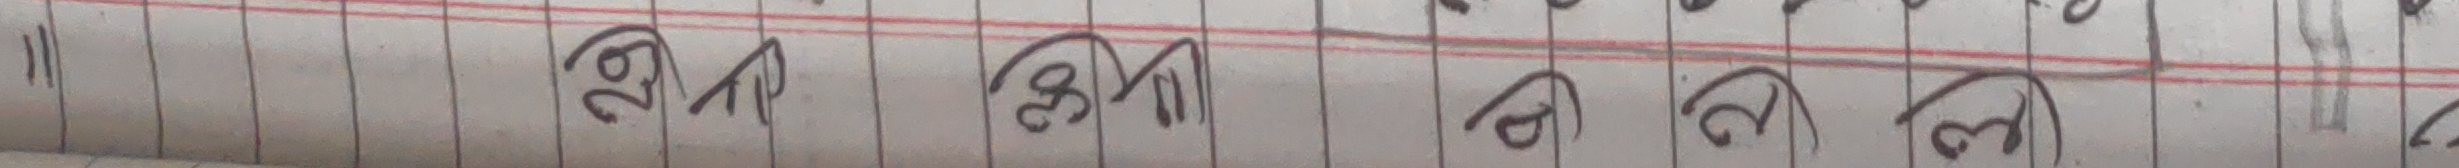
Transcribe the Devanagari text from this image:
२७। २८। २९। ३०